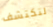
لتكتشف